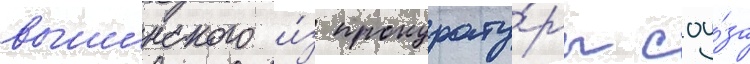
вышинского и́з прокурату́ры соу́за